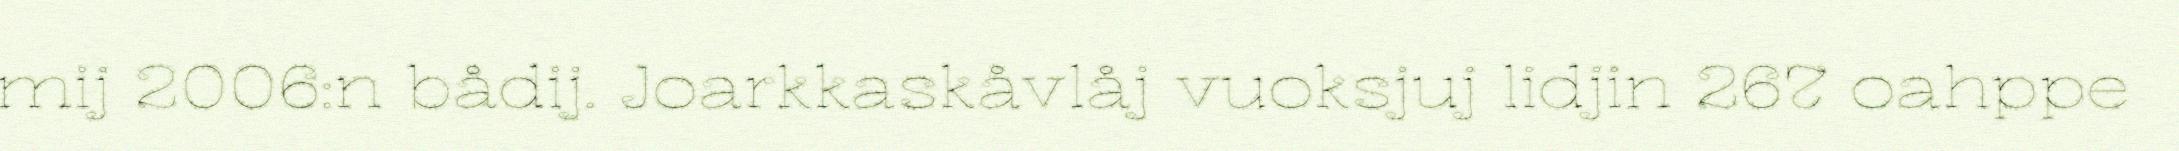
mij 2006:n bådij. Joarkkaskåvlåj vuoksjuj lidjin 267 oahppe